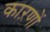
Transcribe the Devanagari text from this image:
काऱणों